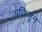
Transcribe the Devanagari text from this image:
अतिजून